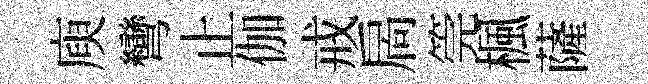
庾彎止伽戒扄筦楓薩